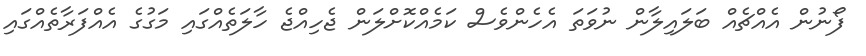
ފޯނުން އެއްޗެއް ބަލައިލާން ނުވަތަ އެހެންވެސް ކަމެއްކޮށްލަން ޖެހިއްޖެ ހާލަތެއްގައި މަގުގެ އެއްފަރާތެއްގައި